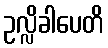
ဥလ္လိခါပေတိ